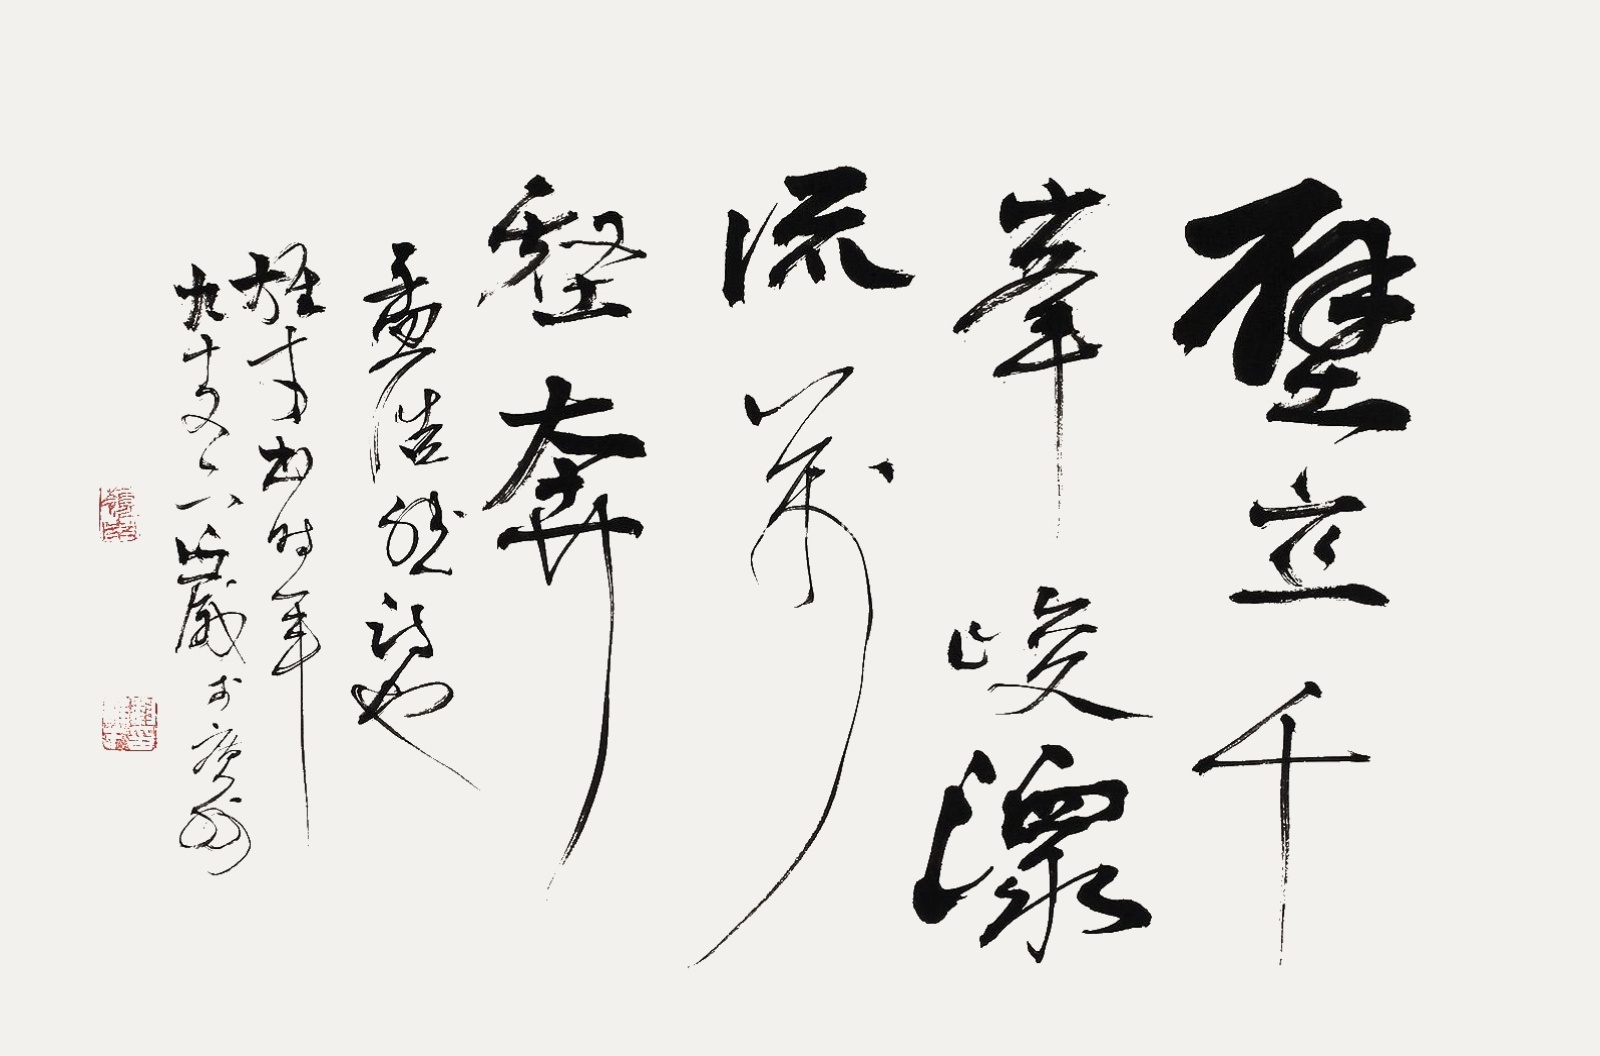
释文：壁立千峰峻，潨流万壑奔。孟浩然诗也，雄才书，时年九十又六岁于广州。